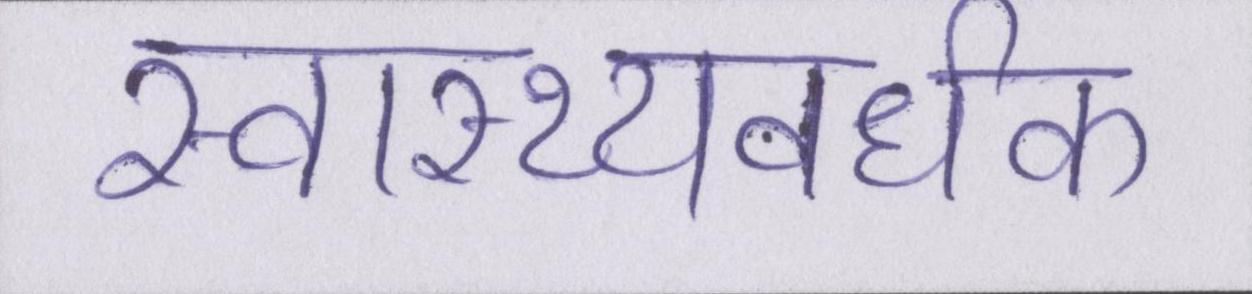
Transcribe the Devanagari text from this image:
स्वास्थ्यवर्धक